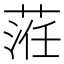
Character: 𦴷